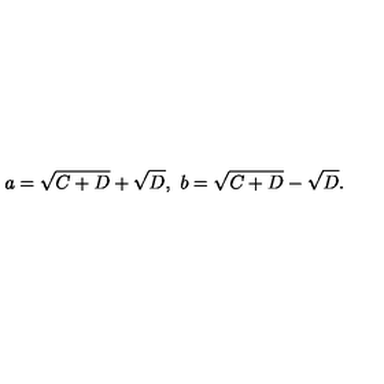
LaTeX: a = \sqrt { C + D } + \sqrt { D } , \ b = \sqrt { C + D } - \sqrt { D } .